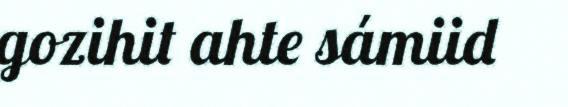
gozihit ahte sámiid